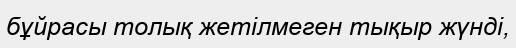
бұйрасы толық жетілмеген тықыр жүнді,